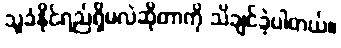
သူခံနိုင်ရည်ရှိမလဲဆိုတာကို သိချင်ခဲ့ပါတယ်။